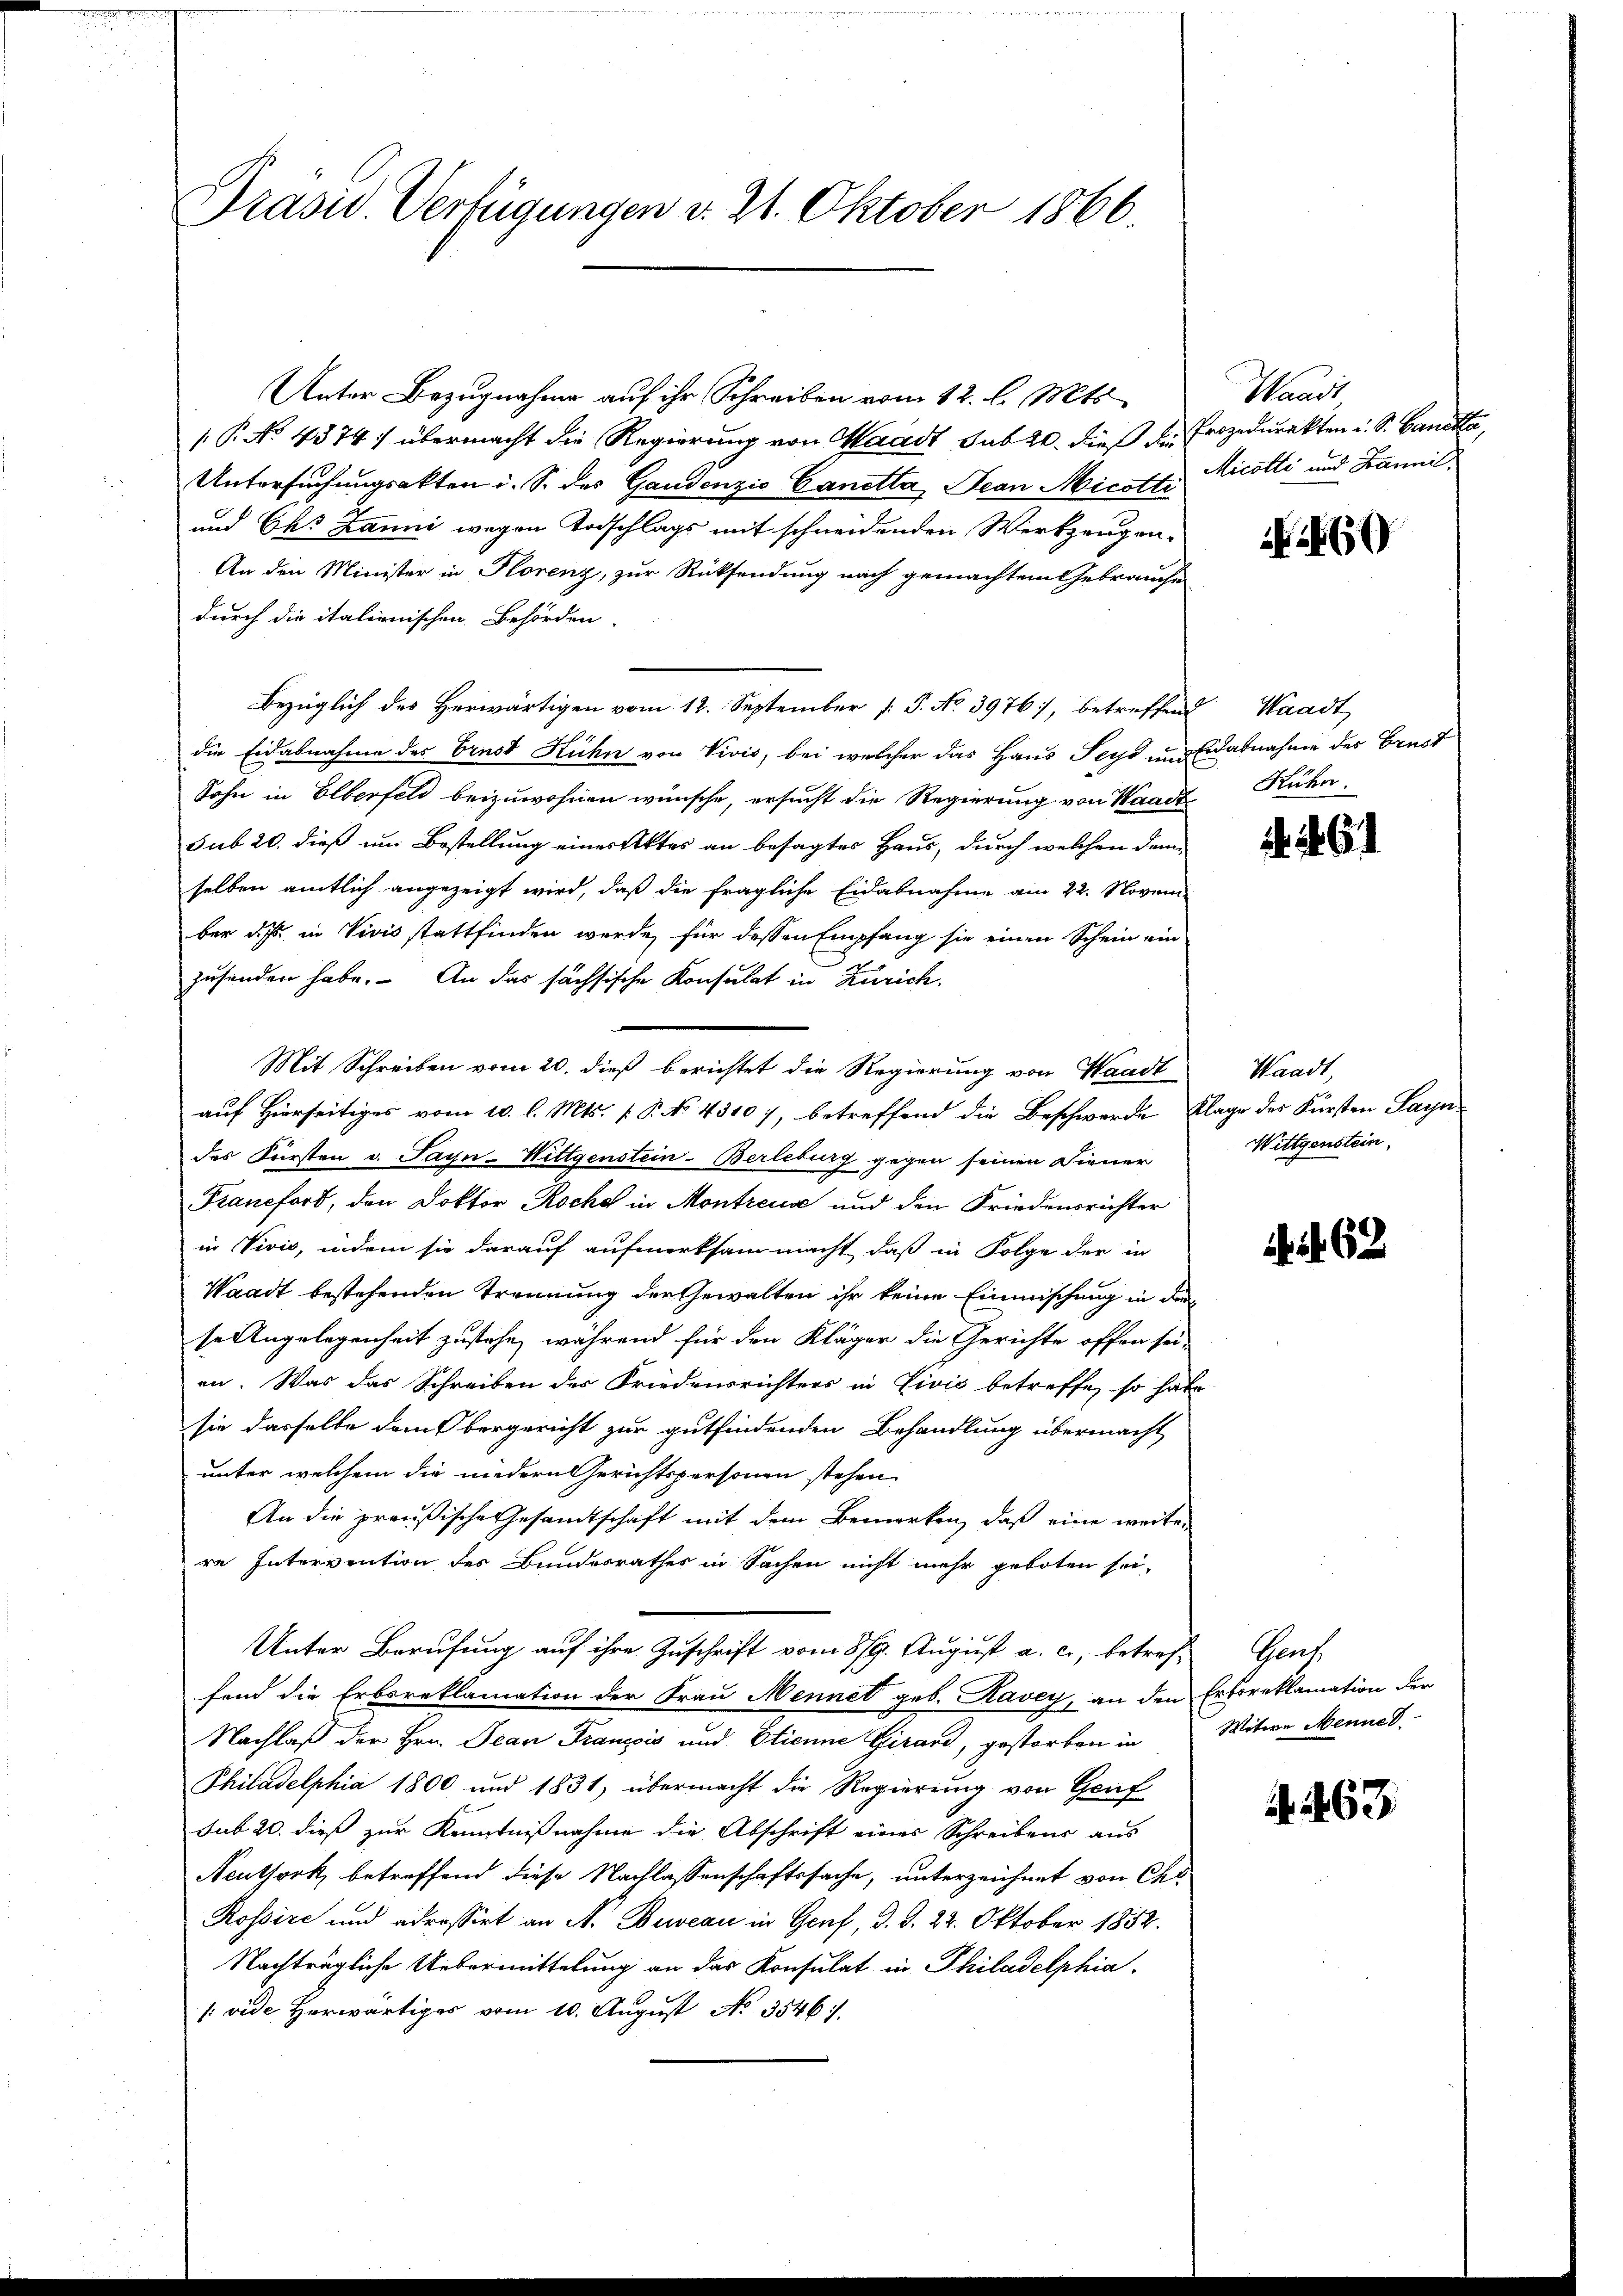
Präsid. Verfügungen d. 21. Oktober 1866.

Unter Bezugnahme auf ihr Schreiben vom 12. l. Mts.
 P. No 4374: übermacht die Regierung von Waadt sub 20. dieß die Prozedurakten u. S. Canta,
Untersuchungsakten i. S. des Gandenzio Canetta, Jean Micott. Nicotli und Banni
und Chs Banni wegen Todschlags mit schneidenden Werkzeugen-
An den Minister in Florenz, zur Rücksendung nach gemachtem Gebrauche
durch die italienischen Behörden.
Bezüglich des Herwärtigen vom 12. September [ P. No. 3976, betreffend Waadt
die Eidabnahme des Brust Kuhn von Vivis, bei welcher das Haus Seys und Erdabnahme des Brust
Sohn in Elberfeld beizuwohnen wünsche, ersucht die Regierung von Waadt
sub 20. dieß um Bestellung einer Aktes an besagtes Haus, durch welchen dann
selben amtlich angezeigt wird, daß die fragliche Eidabnahme am 22. Novem
ber dass in Vivis stattfinden werde, für dessen Empfang sie einen Schein ein
zusenden habe. An das sachsische Konsulat in Zürich.
Mit Schreiben vom 20. dieß berichtet die Regierung von Waadt
auf Hierseitiges vom 10. l. Mts. f. P. No 43107, betreffend die Beschwerde Klage des Fürsten Sayn
des Fürsten v. Payn-Wittgenstein-Berleburg gegen seinen Diener
Francford, den Doktor Roche in Montreux und den Friedensrichter
in Vivis, indem sie darauf aufmerksam macht, daß in Folge der in
Waadt bestehenden Trennung der Gewalten ihr keine Einmischung in der
se Angelegenheit zustehe, während für den Kläger die Gerichte offen sei,
en. Was das Schreiben des Friedensrichters in Livis betreffe, so habe
sie dasselbe dank bergericht zur gutfindenden Behandlung übermacht
unter welchem die niedern Gerichtspersonen stehen
An die preußische Gesandtschaft mit dem Bemerken, daß eine weiter
re Intervention des Bundesrathes in Sachen nicht mehr geboten sei,
Unter Berufung auf ihre Zuschrift vom 8/9. August a. c., betref-
fend die Erbsreklamation der Frau Mennet geb. Ravey, an den Erboreklamation der
Nachlaß der Hrn. Jean François und Etienne Girard, gestorben in Witwe Menne.
Philadelphia 1800 und 1831, übermacht die Regierung von Genf
sub 20. dieß zur Kenntnißnahme die Abschrift eines Schreibens aus
Neuthork, betreffend diese Nachlassenschaftssache, unterzeichnet von Chr
Rossire und adressirt an A. Bureau in Genf, d. d. 22. Oktober 1852.
Nachträgliche Uebermittelung an das Konsulat in Philadelphia
(vide herwärtiges vom 10. August No. 3546)

Waadt

60

Hühn

. . . .

Waadt,
Wittgenstein,

62

Gent

A.463